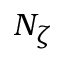
N _ { \zeta }